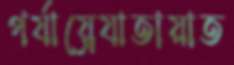
পর্যায়্রেযাতায়াত